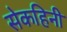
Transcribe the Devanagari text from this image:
सेकहिनी